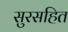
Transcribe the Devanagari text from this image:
सुरसहित